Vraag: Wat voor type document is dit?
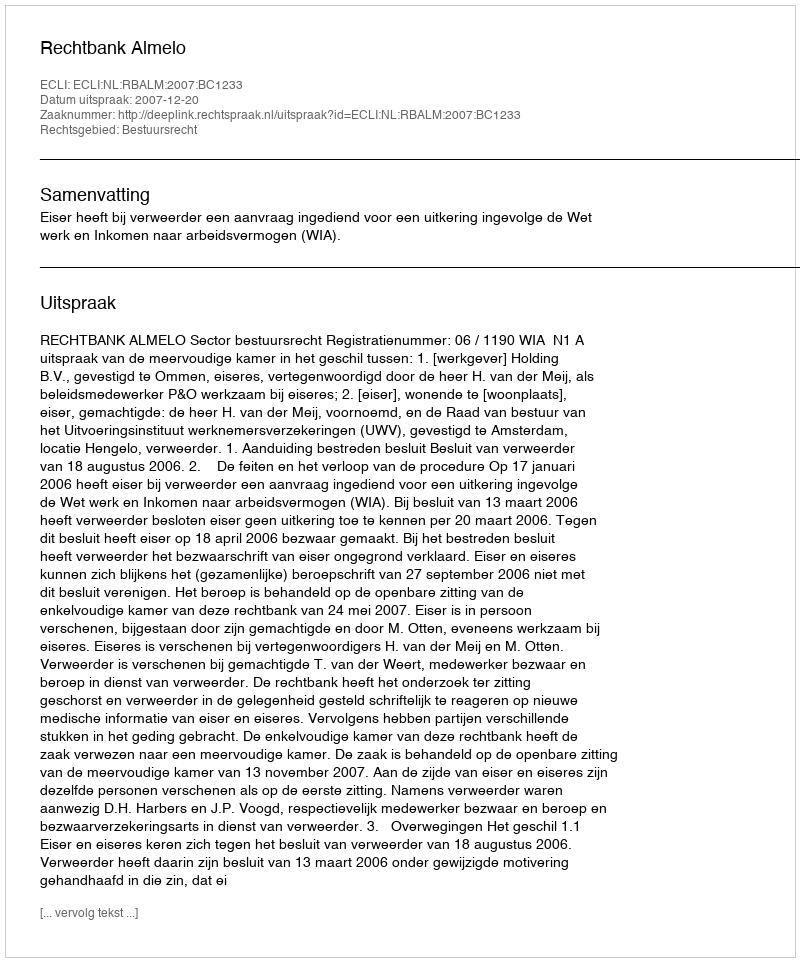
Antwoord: Uitspraak